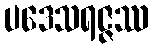
ပဒေသရဇ္ဇဿ